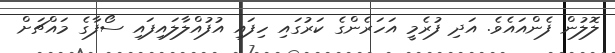
ލޮލުން ފެންއައެވެ. އަދި ފުރެމީ އަހަރެންގެ ކަރުގައި ހިފައި އުފުއްލާލައިފައި ސޯފާގެ މައްޗަށް